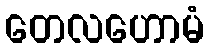
တေလဟောမံ